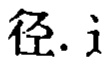
径.  i